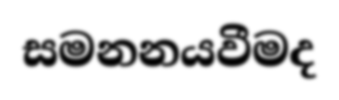
සමනනයවීමද